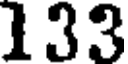
133